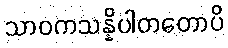
သာဝကသန္နိပါတတောပိ